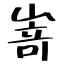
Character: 嵜